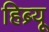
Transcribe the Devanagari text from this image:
हिब्र्यू